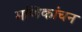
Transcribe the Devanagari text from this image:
मणिकांचन